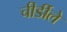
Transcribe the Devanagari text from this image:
चीर्डीले